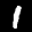
Label: 1